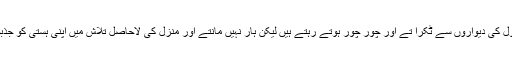
انا کے گھوڑے پر بیٹھ کر وہ بلیک ہول کی دیواروں سے ٹکرا تے اور چور چور ہوتے رہتے ہیں لیکن ہار نہیں مانتے اور منزل کی لاحاصل تلاش میں اپنی ہستی کو جذبوں کی صلیب پر لٹکائے رکھتے ہیں۔